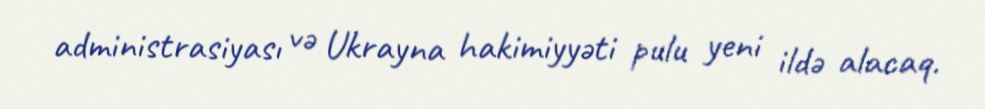
administrasiyası və Ukrayna hakimiyyəti pulu yeni ildə alacaq.